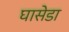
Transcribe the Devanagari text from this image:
घासेडा